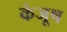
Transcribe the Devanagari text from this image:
कंजूष